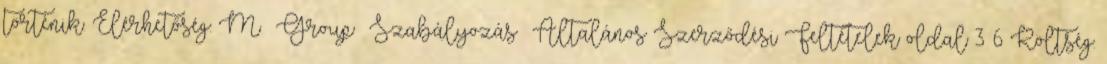
történik. Elérhetőség: M Group Szabályozás Általános Szerződési Feltételek oldal 3 6 Költség: